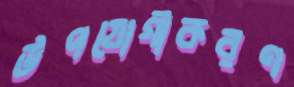
উপযোগীকরণ